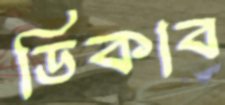
ডিকাব